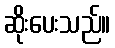
ဆိုးပေးသည်။